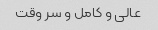
عالی و کامل و سر وقت